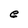
Character: e